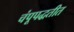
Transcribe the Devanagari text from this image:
चंपूपद्धतीत